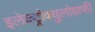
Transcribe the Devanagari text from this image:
इलेक्ट्रोक्युलोग्राफी